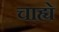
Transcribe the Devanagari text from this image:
चाह्ये